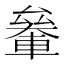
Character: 𰹞